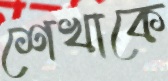
শেখাকে